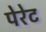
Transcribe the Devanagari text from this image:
पेरेट